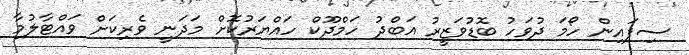
ސިފައިން ހޯމަ ދުވަހު ބޮޑުވަޒީރު އަބްދު ހަމްދޫކް ހައްޔަރުކޮށް މަދަނީ ވެރިކަށް ވައްޓާލުމާ